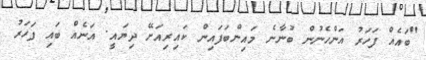
"ބައެއް ފަހަރު އަންހެނުން ބުނާނެ މައިންބަފައިން ކައިރިއަށޭ ދިޔައީ. އަނެއް ބައި ފަހަރު